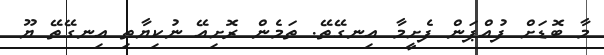
މާ ބޮޑަށް ފުއްޕަން ފެށީމާ އިނގޭތޭ. ތަމެން ރޮށިއޭ ނުކިޔާތި އިނގޭތޭ ޔޫ